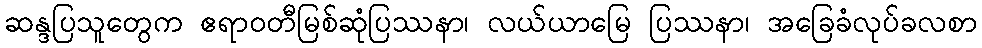
ဆန္ဒပြသူတွေက ဧရာဝတီမြစ်ဆုံပြဿနာ၊ လယ်ယာမြေ ပြဿနာ၊ အခြေခံလုပ်ခလစာ